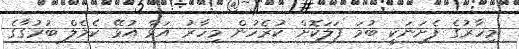
މިހާރުގެ ފެށަނަކީ ބުމަ ފަލަކޮށް ކުރެހުން މިހާރު އަޅާ އުޅޭ ކެމެލް ބުރުގާގެ